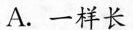
A.一样长